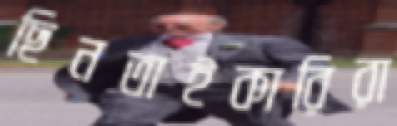
ছিনতাইকারিরা